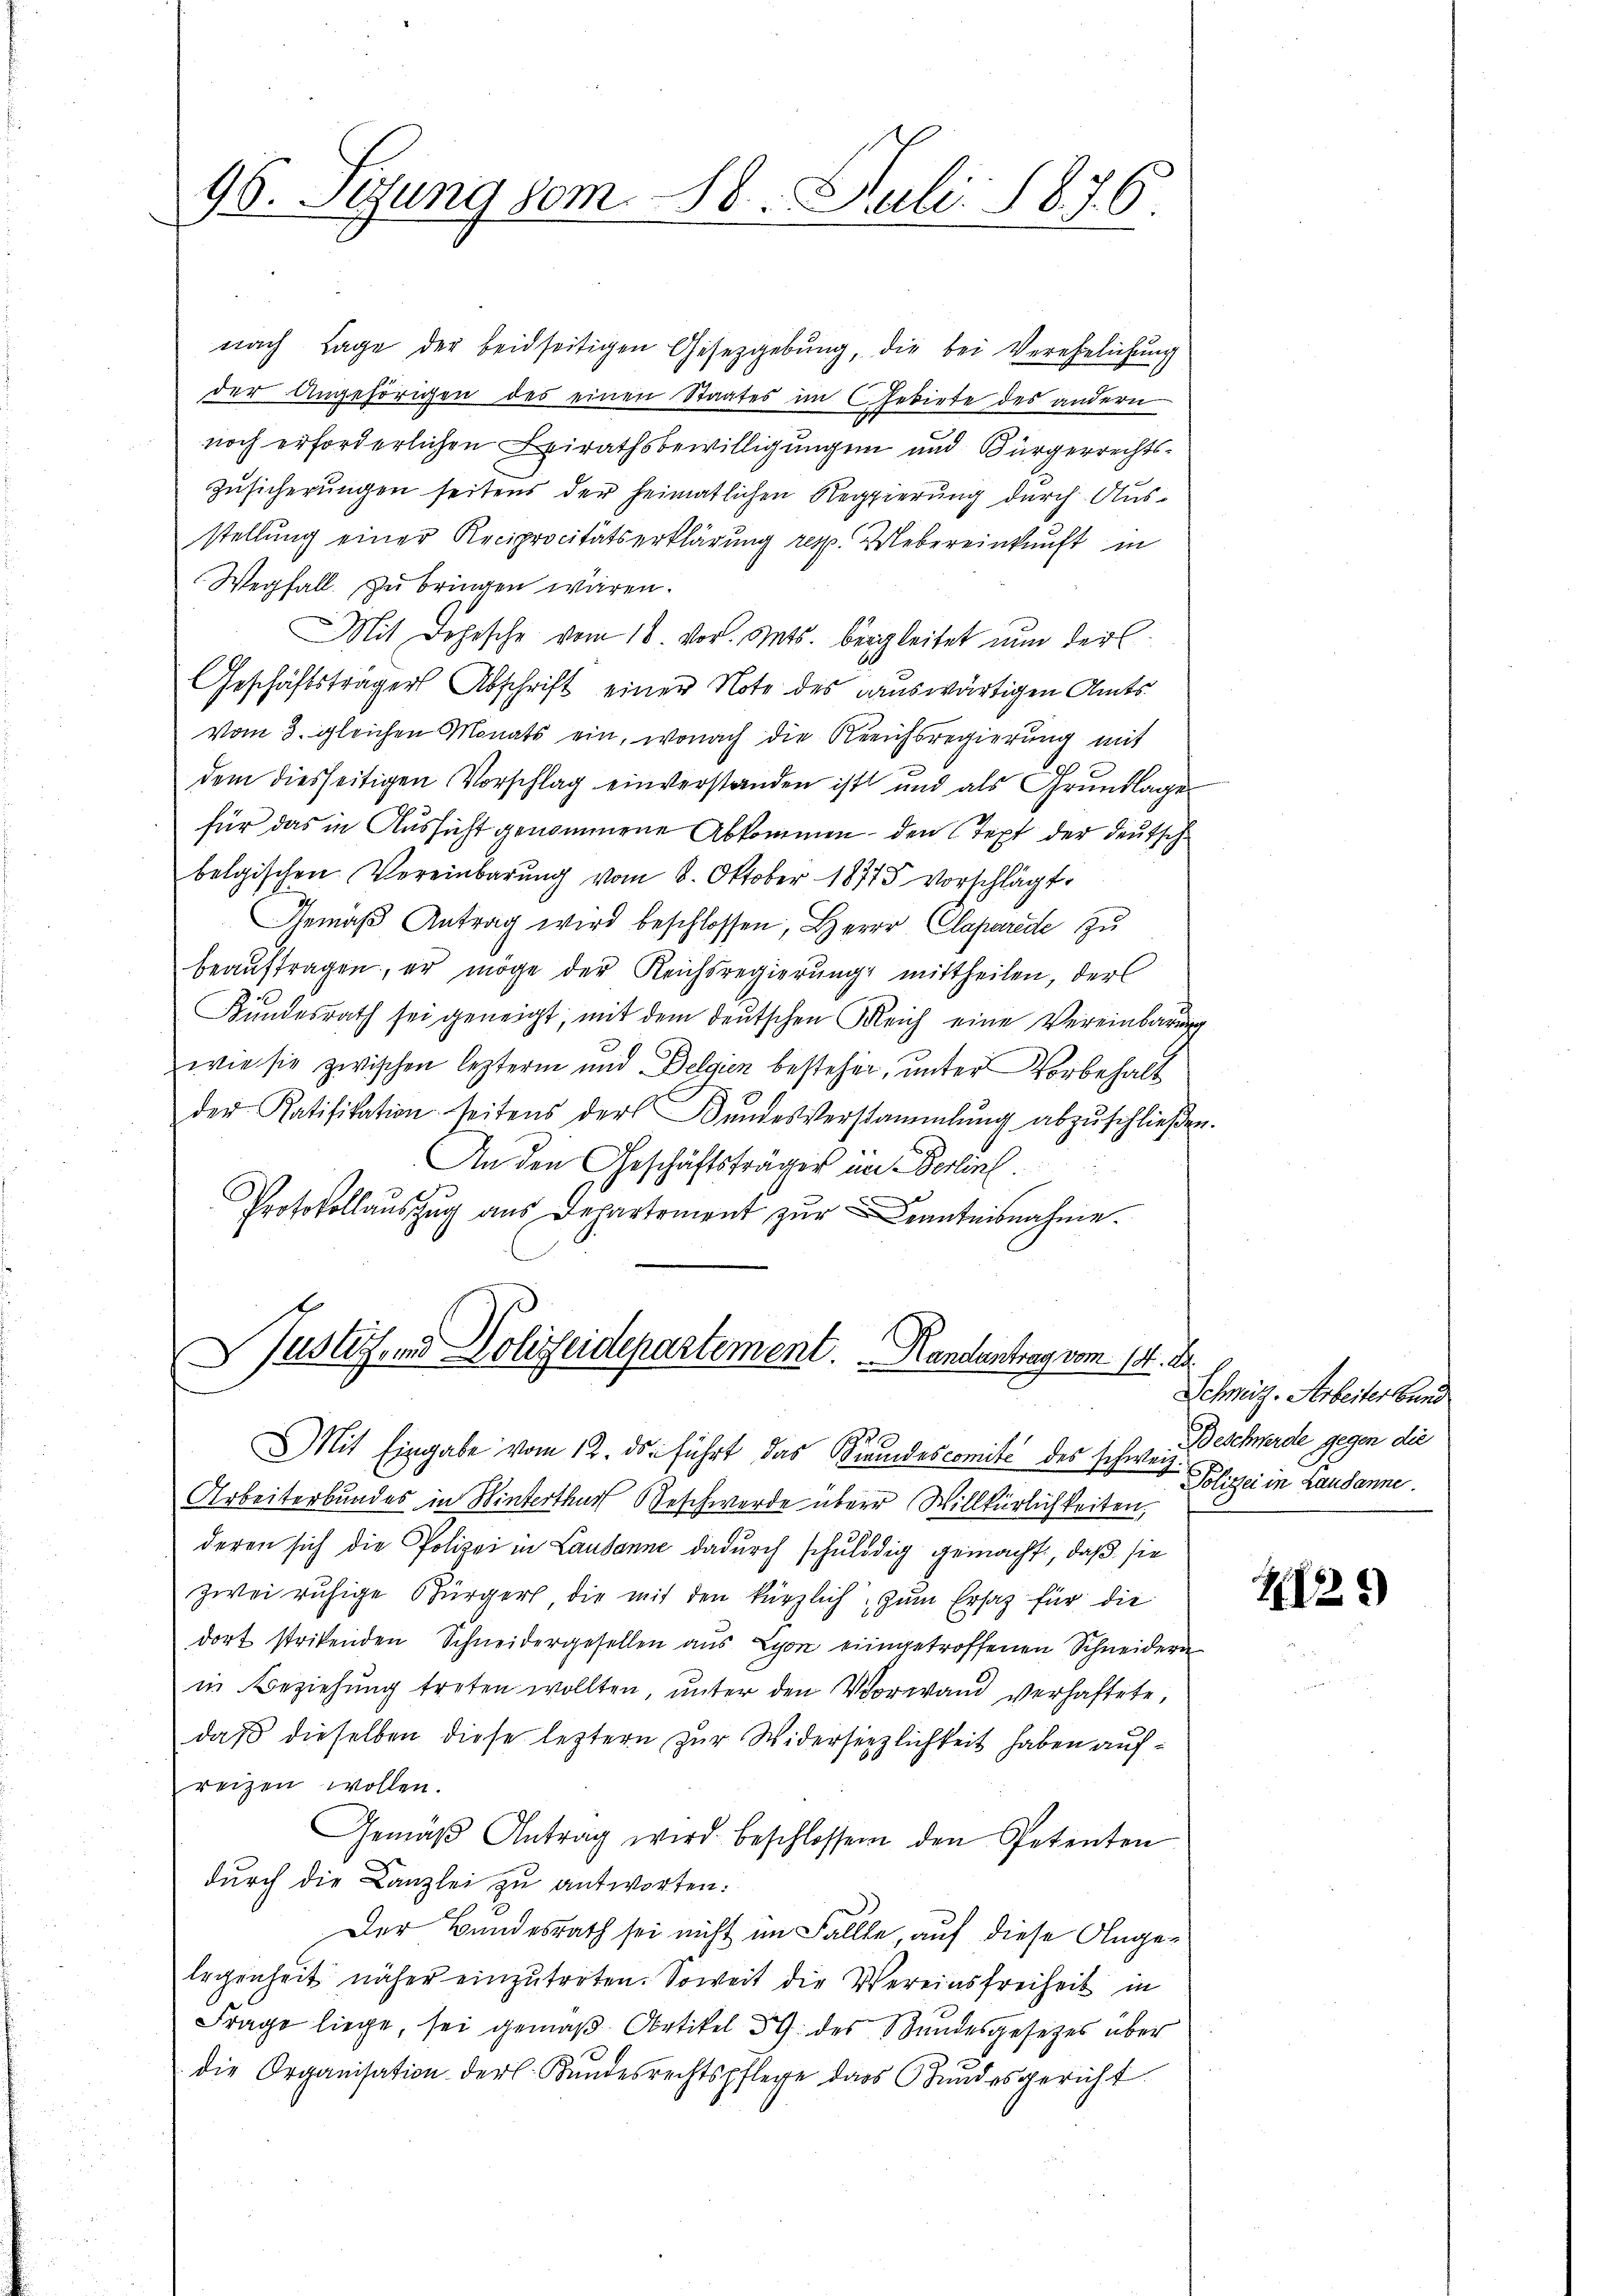
96. Sitzung vom 18. Juli 1876.

nach Lage der beidseitigen Gesetzgebung, die bei Verehelichung
der Angehörigen des einen Staates im Gebiete des andern
noch erforderlichen Beirathsbewilligungen und Bürgerrechts¬
Zusicherungen seitens der heimatlichen Regierung durch Ausstellung einer Reciprocitätserklärung resp. Webereinkunft in
Wegfall zu bringen wären.
Mit Lehrsche vom 16 vor. Mts. bergleitet nun der
Geschäftsträger Abschrift einer Note des auswärtigen Amts
vom 3. gleichen Monats ein, wonach die Reichsregierung mit
dem diesseitigen Vorschlag einverstanden ist und als Grundlage
für das in Aussicht genommene Abkommen, den Text der deutsch
belgischen Vereinbarŭng vom 8. Oktober 18775 vorschlägt,
Gemäβ Antrag wird beschlossen, Herr Claparede zu
beauftragen, er möge der Reichsregierung mittheilen, der
Kŭndesrath sei geneigt, mit dem deŭtschen Gleich eine Vereinbarŭng
wie sie zwischen leztern und Delgen bestehen, unter Vorbehalt
der Ratifikation seitens der Bŭndesverstammlung abzŭschlieβen.
An den Geschäftsträger in Berlin.
Protokollauszug aus Departement zur Kenntnisnahme.
Justiz- und Polizeidepartement. Handentrag vom 15. A.
Mit Eingabe vom 12. ds. führt, das Fremdescomite des schweiz.
Arbeiterbundes in Winterthur Beschwerde überr Willkürlichkeiten,
deren sich die Polizei in Lausanne dadurch schuldig gemacht, daß sie
zwei ruhige Bürger die mit den kürzlich, zum Ersatz für die
dort strikenden Schneidergesellen aus Lyon eingetroffenen Schneidern
in Beziehung treten wollten, unter den Vorwand verhaftete,
daβ dieselben diese leztern zŭr Widersetzlichkeit haben aufreizen wollen.
Gemäβ Antrag wird beschlossen den Petenten
durch die Kanzlei zu antworten:
Der Bundesrath sei nicht im Fallte, auf diese Angelegenheit näher einzutreten. Soweit die Vereinsfreiheit in
Frage liege, sei gemäß Artikel 59 des Bundesgesetzes über
die Organisation der Kundesrechtspflege dass Bundesgericht

Schweiz. Arbeiter Bund
Beschwerde gegen die
Polizei in Lausanne.

2125